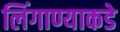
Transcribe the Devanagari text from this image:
लिंगाण्याकडे